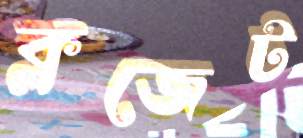
ক্লজেট